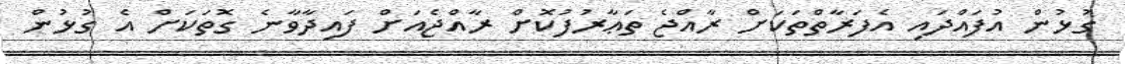
ގުޅުން އުފައްދައި އެފަރާތްތަކަށް ރާއްޖެ ތަޢާރުފުކޮށް ރާއްޖެއަށް ފައިދާވާނެ ގޮތަކަށް އެ ގުޅުން